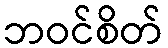
ဘဝင်စိတ်